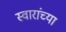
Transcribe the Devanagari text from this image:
स्वारांच्या